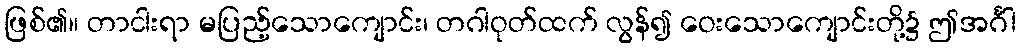
ဖြစ်၏။ တာငါးရာ မပြည့်သောကျောင်း၊ တဂါဝုတ်ထက် လွန်၍ ဝေးသောကျောင်းတို့၌ ဤအင်္ဂါ